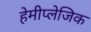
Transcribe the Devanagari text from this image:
हेमीप्लेजिक